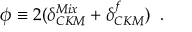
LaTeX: \phi \equiv 2 ( \delta _ { C K M } ^ { M i x } + \delta _ { C K M } ^ { f } ) \; \; .